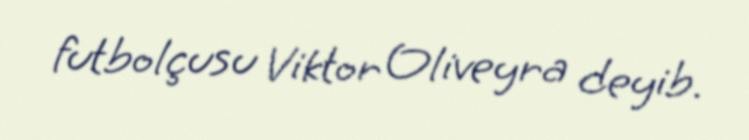
futbolçusu Viktor Oliveyra deyib.